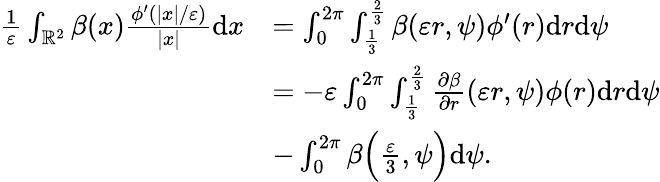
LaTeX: \begin{array}{rl}{\frac{1}{\varepsilon}\int_{\mathbb{R}^{2}}\beta(x)\frac{\phi^{\prime}(|x|/\varepsilon)}{|x|}\textrm{d}x}&{=\int_{0}^{2\pi}\int_{\frac{1}{3}}^{\frac{2}{3}}\beta(\varepsilon r,\psi)\phi^{\prime}(r)\textrm{d}r\textrm{d}\psi}\\ &{=-\varepsilon\int_{0}^{2\pi}\int_{\frac{1}{3}}^{\frac{2}{3}}\frac{\partial\beta}{\partial r}(\varepsilon r,\psi)\phi(r)\textrm{d}r\textrm{d}\psi}\\ &{-\int_{0}^{2\pi}\beta\Big(\frac{\varepsilon}{3},\psi\Big)\textrm{d}\psi.}\end{array}